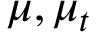
{ \mu , \mu _ { t } }